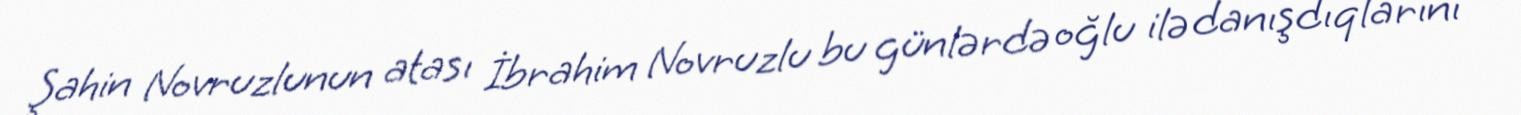
Şahin Novruzlunun atası İbrahim Novruzlu bu günlərdə oğlu ilə danışdıqlarını